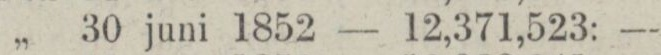
„ 30 juni 1852 — 12,371,523: —